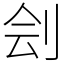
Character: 刽